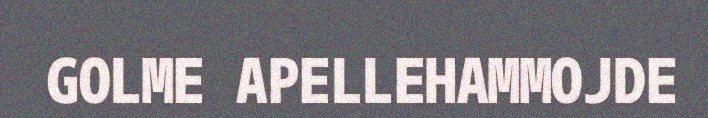
GOLME APELLEHAMMOJDE